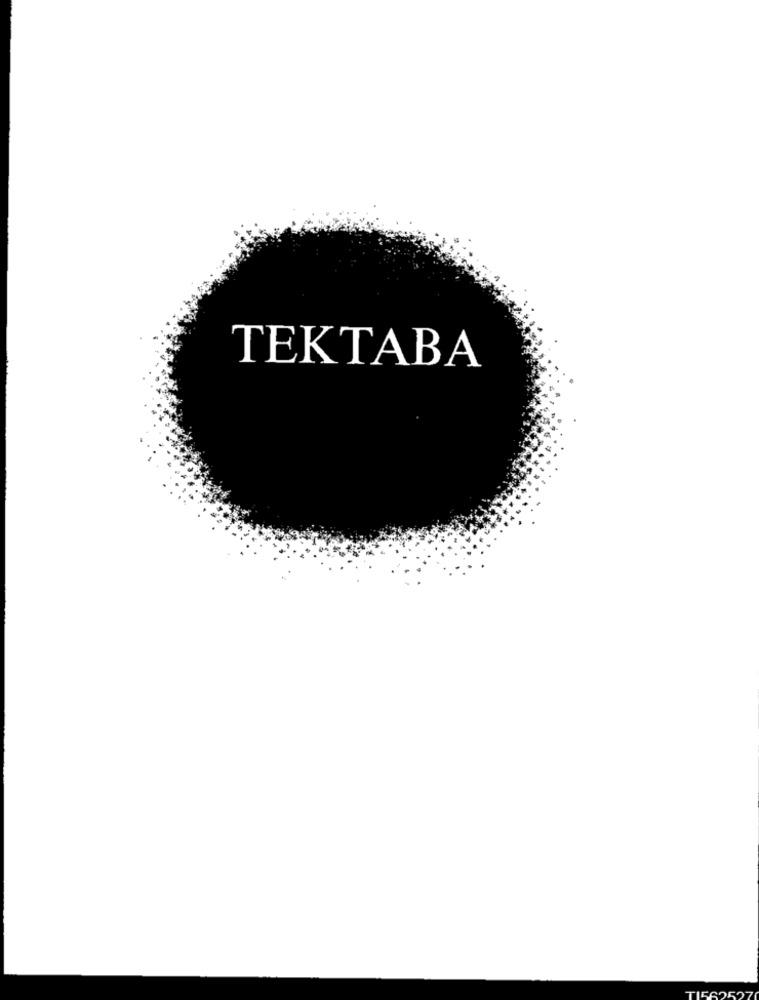
TEKTABA